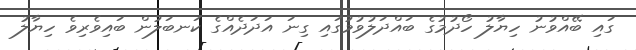
ގައި ބޭއްވުނު ހިޔާލު ހޯދުމުގެ ބައްދަލުވުމުގައި ގިނަ އަދަދެއްގެ ކަނބަލުން ބައިވެރިވެ ހިޔާލު